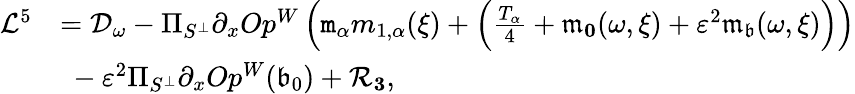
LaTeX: \begin{array}{rl}{\mathcal{L}^{5}}&{=\mathcal{D}_{\omega}-\Pi_{S^{\perp}}\partial_{x}Op^{W}\left(\mathtt{m}_{\alpha}m_{1,\alpha}(\xi)+\left(\frac{T_{\alpha}}4+\mathfrak{m}_{\le 0}(\omega,\xi)+\varepsilon^{2}\mathfrak{m}_{\mathfrak{b}}(\omega,\xi)\right)\right)}\\ &{\ -\varepsilon^{2}\Pi_{S^{\perp}}\partial_{x}Op^{W}(\mathfrak{b}_{0})+\mathcal{R}_{\le 3},}\end{array}